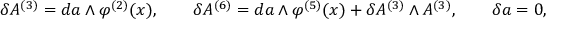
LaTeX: \delta A ^ { ( 3 ) } = d a \wedge \varphi ^ { ( 2 ) } ( x ) , \qquad \delta A ^ { ( 6 ) } = d a \wedge \varphi ^ { ( 5 ) } ( x ) + \delta A ^ { ( 3 ) } \wedge A ^ { ( 3 ) } , \qquad \delta a = 0 ,